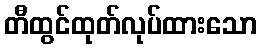
တီထွင်ထုတ်လုပ်ထားသော